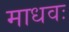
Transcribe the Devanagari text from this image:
माधवः